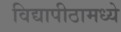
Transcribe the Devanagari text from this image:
विद्यापीठामध्‍ये